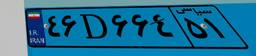
۴۶D۶۶۴۵۱